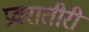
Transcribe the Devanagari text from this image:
प्रवरातीरी